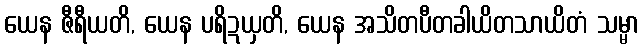
ယေန ဇီရီယတိ, ယေန ပရိဍယှတိ, ယေန အသိတပီတခါယိတသာယိတံ သမ္မာ